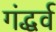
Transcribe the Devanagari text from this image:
गंद्धर्व